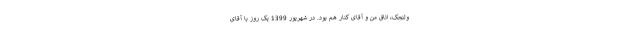
ولنجک، اتاق‌ من و آقای کنار هم بود. در شهریور 1399 یک روز با آقای